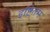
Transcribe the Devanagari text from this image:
इष्टितम